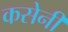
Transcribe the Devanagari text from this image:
कसेनी